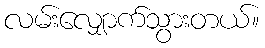
လမ်းလျှောက်သွားတယ်။